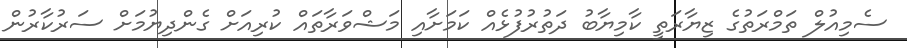
ސެމިއުލް ތަމްރަތުގެ ޒިޔާރަތީ ކާމިޔާބު ދަތުރުފުޅެއް ކަމަށާއި މަޝްވަރާތައް ކުރިއަށް ގެންދިޔުމަށް ސަރުކާރުން